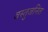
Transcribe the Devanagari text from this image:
वस्तुजनित